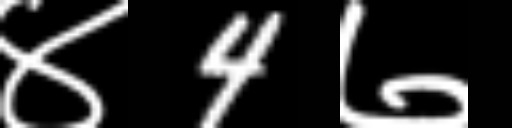
Text: ४4७